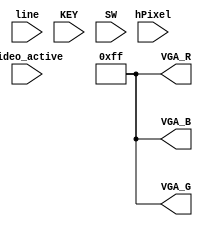
module PG(
  input           hPixel,
  input           line,
  input           video_active,
  input    [2:0]  KEY,
  input    [9:0]  SW,
  output	 [7:0]  VGA_B,
	output   [7:0]	VGA_G,
	output   [7:0]	VGA_R
);

assign VGA_R = 8'hFF;
assign VGA_G = 8'hFF;
assign VGA_B = 8'hFF;

endmodule